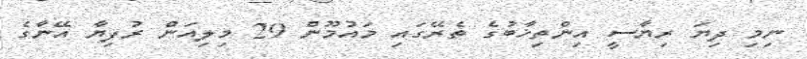
ނިމި ދިޔަ ރިޔާސީ އިންތިޚާބުގެ ތެރޭގައި މައުމޫން 29 މިލިއަން ރުފިޔާ އޭނާގެ